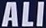
ALI